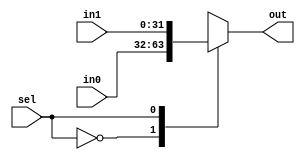
`timescale 1ns / 1ps
/*
 * Project      : University of Utah, XUM Project MIPS32 core
 * Creator(s)   : Grant Ayers (ayers@cs.utah.edu)
 *
 * Modification History:
 *   Rev   Date         Initials  Description of Change
 *   1.0   7-Jun-2011   GEA       Initial design.
 *
 * Standards/Formatting:
 *   Verilog 2001, 4 soft tab, wide column.
 *
 * Description:
 *   A 2-input Mux of variable width, defaulting to 32-bit width.
 */
module mux2 #(parameter WIDTH = 32)(
    input  sel,
    input  [(WIDTH-1):0] in0, in1,
    output reg [(WIDTH-1):0] out
    );

    always @* begin
        case (sel)
            1'b0    : out <= in0;
            1'b1    : out <= in1;
            default : out <= in0;
        endcase
    end
endmodule